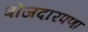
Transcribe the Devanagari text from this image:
बोजदारपणा